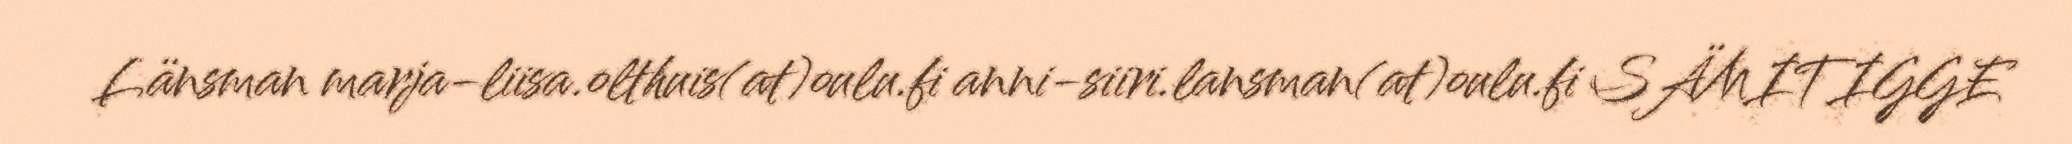
Länsman marja-liisa.olthuis(at)oulu.fi anni-siiri.lansman(at)oulu.fi SÄMITIGGE